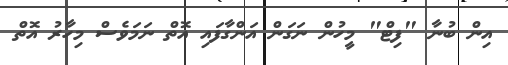
އިން ބުނާ "ފިޓް" މީހުން ނަގަން އަންގާފައި އޮތް ނަމަވެސް މިހާރު އޮތް